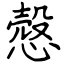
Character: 慤